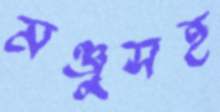
মঞ্জুসহ